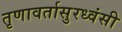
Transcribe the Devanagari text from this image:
तृणावर्तासुरध्वंसी